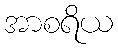
အာစရိယ